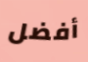
أفضل